Annual administration report of the Civil Veterinary Department of India - 1894-1895
Year: 1894
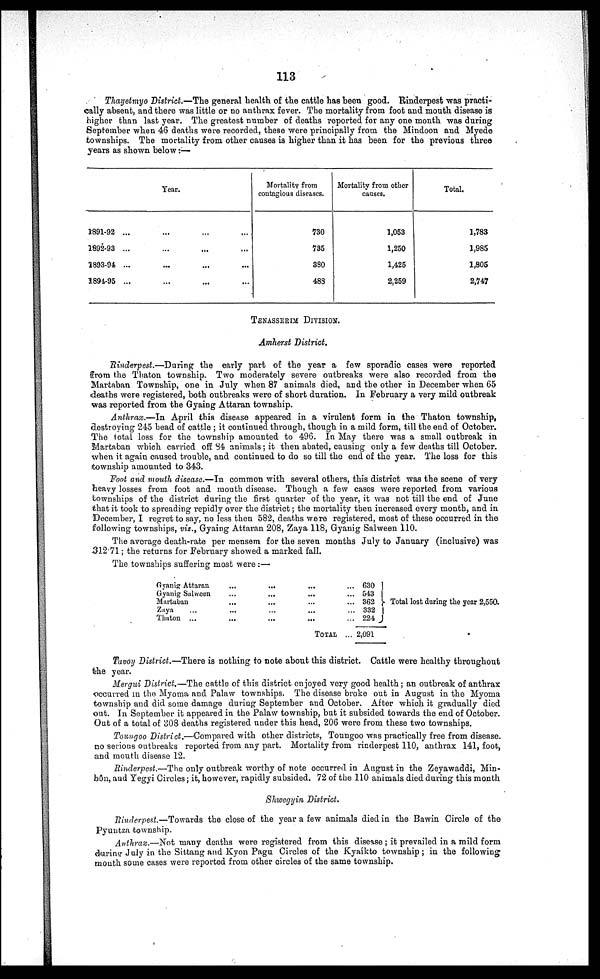
113
Thayetmyo District.—The general health of the cattle has been good. Rinderpest was practi-
cally absent, and there was little or no anthrax fever. The mortality from foot and mouth disease is
higher than last year. The greatest number of deaths reported for any one month was during
September when 46 deaths were recorded, these were principally from the Mindoon and Myede
townships. The mortality from other causes is higher than it has been for the previous three
years as shown below:—
Year.
1891-92 ...
1892-93 ...
1893-94 ...
1894-95 ...
...
...
...
...
...
...
...
...
...
...
...
...
Mortality from
contagious diseases.
730
735
380
488
Mortality from other
causes.
1,053
1,250
1,425
2,259
Total.
1,783
1,985
1,805
2,747
TENASSERIM DIVISION.
Amherst District.
Rinderpest.—During
the early part of the year a few sporadic cases were reported
from the Thaton township. Two moderately severe outbreaks were also recorded from the
Martaban Township, one in July when 87 animals died, and the other in December when 65
deaths were registered, both outbreaks were of short duration. In February a very mild outbreak
was reported from the Gyaing Attaran township.
Anthrax.—In April this disease appeared in a virulent form in the Thaton township,
destroying 245 head of cattle ; it continued through, though in a mild form, till the end of October.
The total loss for the township amounted to 496. In May there was a small outbreak in
Martaban which carried off 84 animals; it then abated, causing only a few deaths till October,
when it again caused trouble, and continued to do so till the end of the year. The loss for this
township amounted to 343.
Foot and mouth disease.—In common with several others, this district was the scene of very
heavy losses from foot and mouth disease. Though a few cases were reported from various
townships of the district during the first quarter of the year, it was not till the end of June
that it took to spreading repidly over the district; the mortality then increased every month, and in
December, I regret to say, no less then 582, deaths were registered, most of these occurred in the
following townships, viz., Gyaing Attaran 208, Zaya 118, Gyanig Salween 110.
The average death-rate per mensem for the seven months July to January (inclusive) was
312.71; the returns for February showed a marked fall.
The townships suffering most were:—
Gyanig Attaran
Gyanig Salween
Martaban
Zaya
Thaton ...
...
...
...
...
...
...
...
...
...
...
...
...
...
...
...
TOTAL
... 630
... 543
... 362
... 332
... 224
... 2,091
Total lost during the year 2,550.
Tavoy District.—There is nothing to note about this district. Cattle were healthy throughout
the year.
Mergui District.—The cattle of this district enjoyed very good health; an outbreak of anthrax
occurred in the Myoma and Palaw townships. The disease broke out in August in the Myoma
township and did some damage during September and October. After which it gradually died
out. In September it appeared in the Palaw township, but it subsided towards the end of October.
Out of a total of 308 deaths registered under this head, 206 were from these two townships.
Toungoo District.—Compared with other districts, Toungoo was practically free from disease.
no serious outbreaks reported from any part. Mortality from rinderpest 110, anthrax 141, foot,
and mouth disease 12.
Rinderpest.—The only outbreak worthy of note occurred in August in the Zeyawaddi, Min-
bôn, and Yegyi Circles; it, however, rapidly subsided. 72 of the 110 animals died during this month
Shwegyin District.
Rinderpest.—Towards the close of the year a few animals died in the Bawin Circle of the
Pyuntza township.
Anthrax.—Not many deaths were registered from this disease ; it prevailed in a mild form
during July in the Sittang and Kyon Pagu Circles of the Kyaikto township; in the following
month some cases were reported from other circles of the same township.